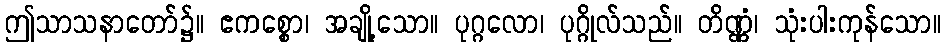
ဤသာသနာတော်၌။ ဧကစ္စော၊ အချို့သော။ ပုဂ္ဂလော၊ ပုဂ္ဂိုလ်သည်။ တိဏ္ဏံ၊ သုံးပါးကုန်သော။